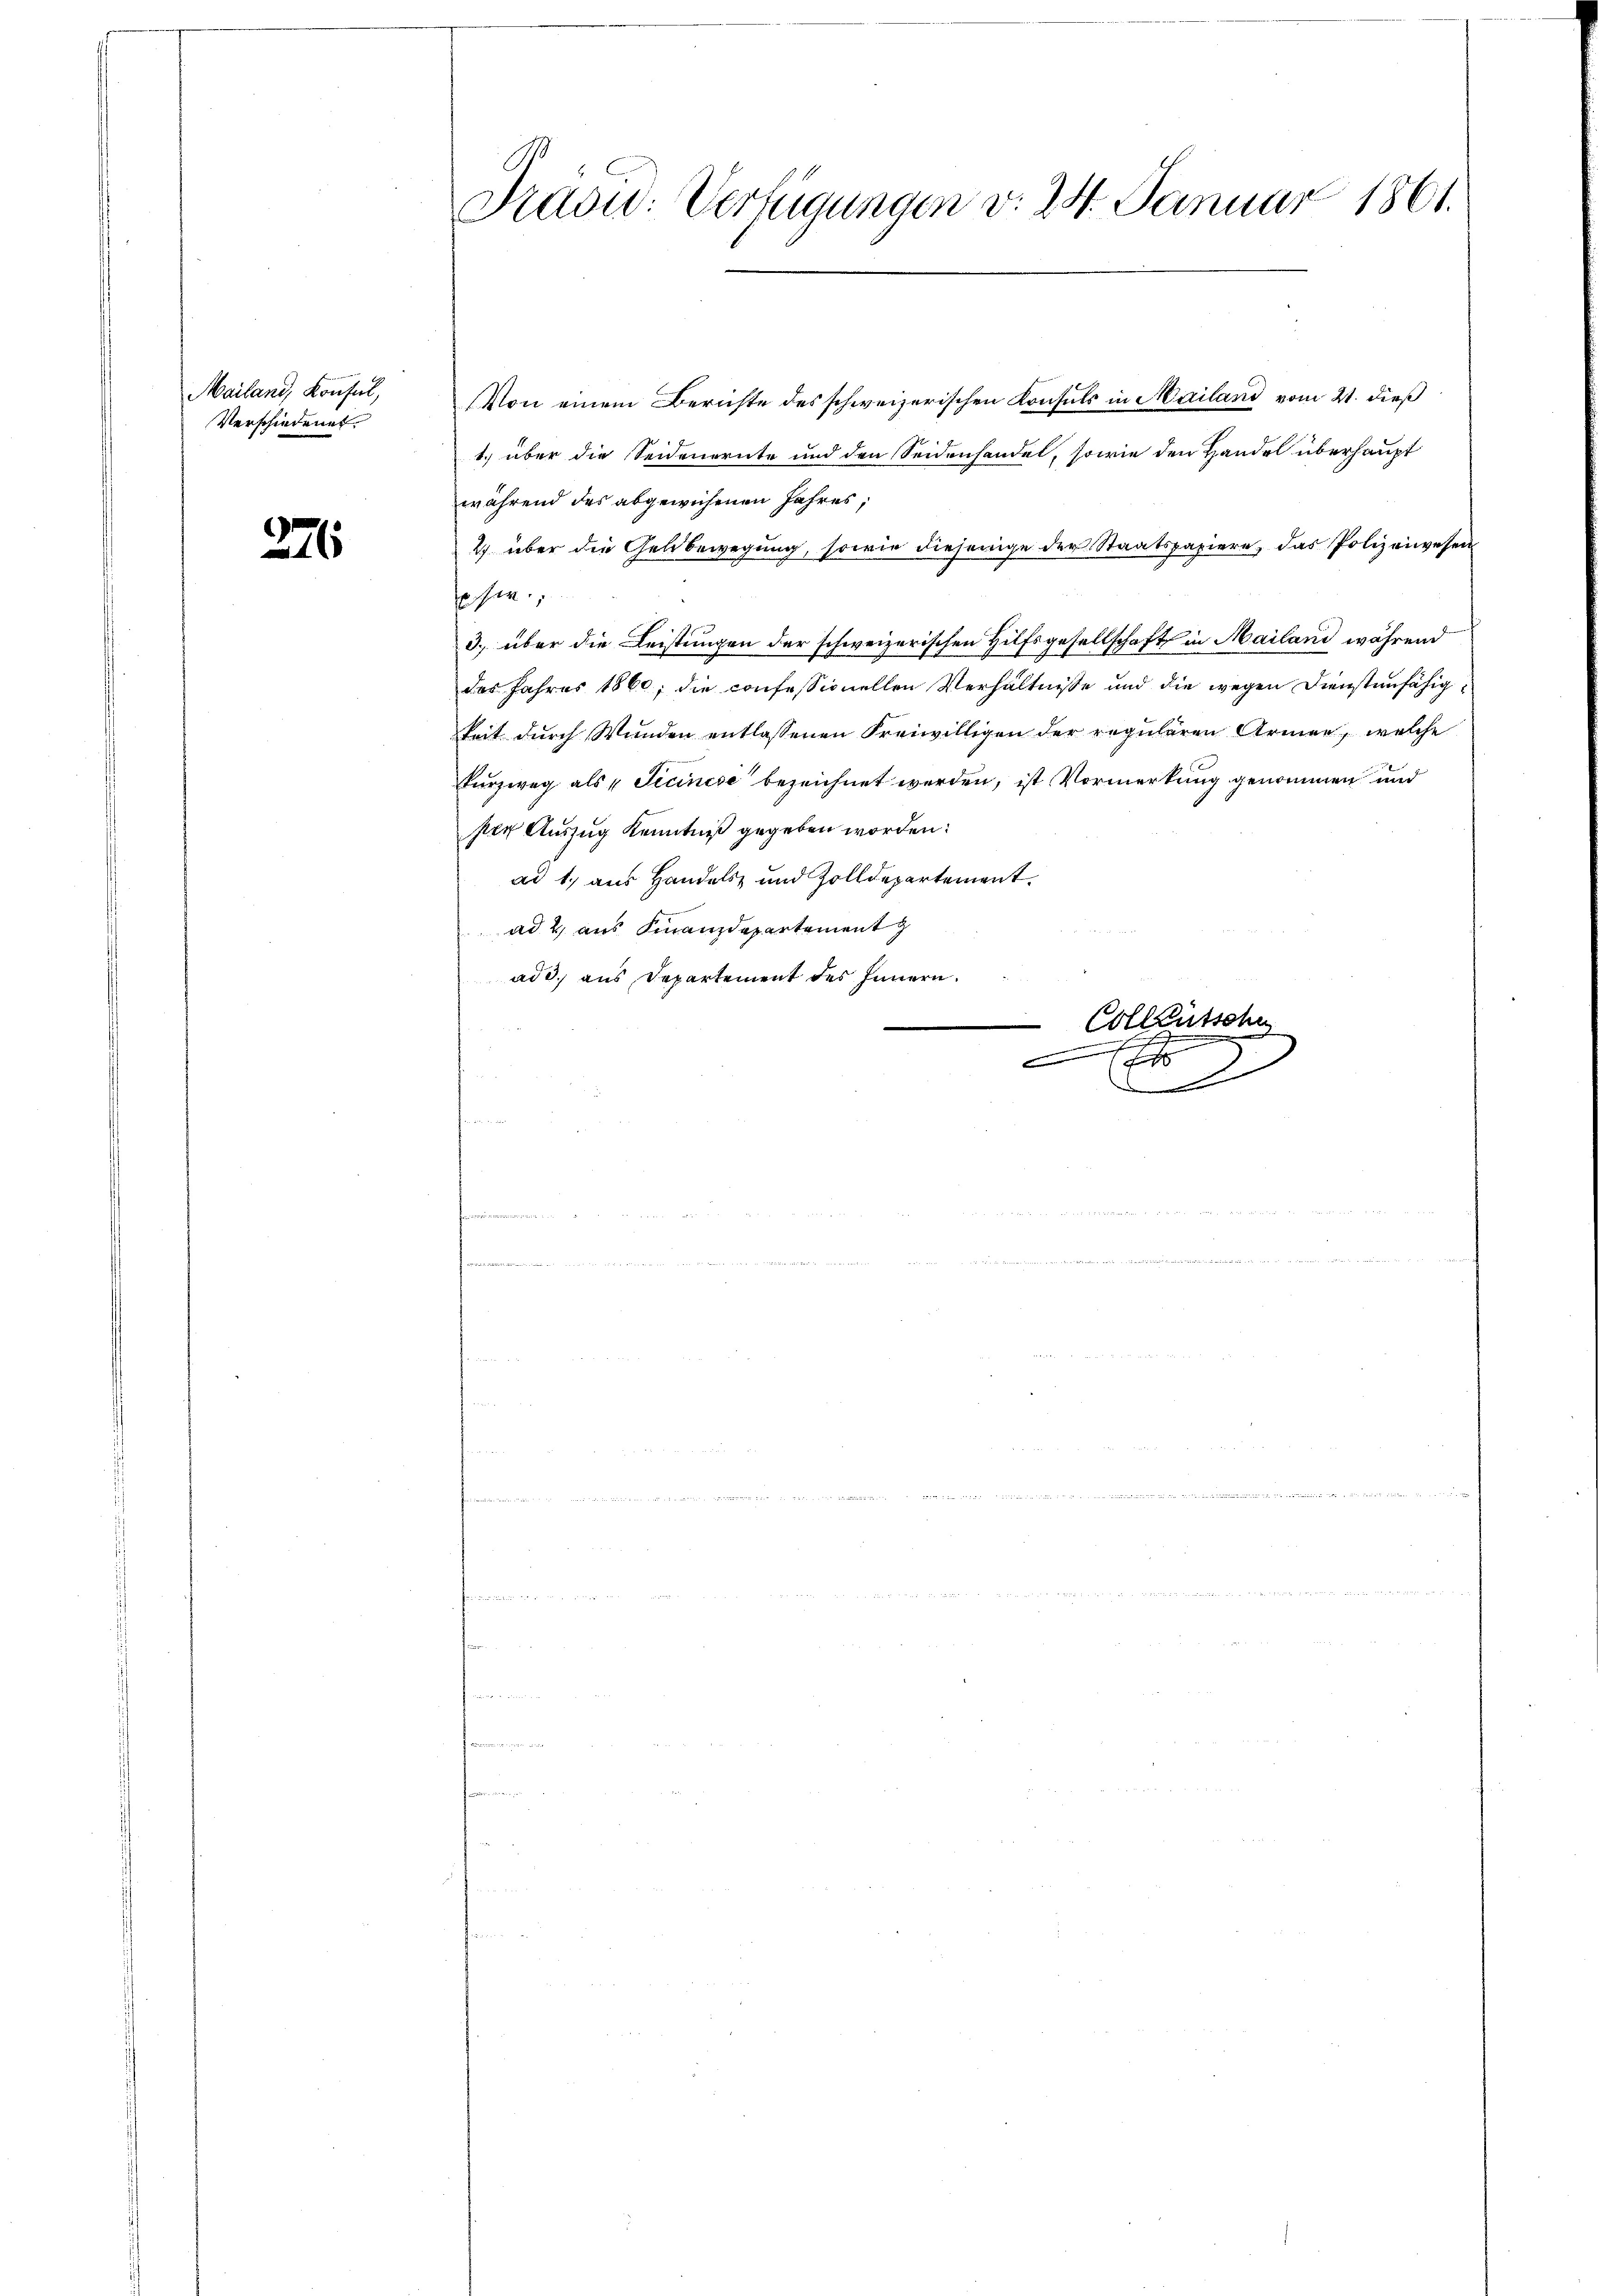
Mailand, Konsul,
Verschiedenes

226

Präsid. Verfügungen d. 24. Januar 1861.

Von einem Berichte des schweizerischen Konsuls in Mailand vom 21. dieß
1. über die Seidenernte und den Seidenhandel, sowie den Handel überhaupt
während des abgewichenen Jahres,
2) über die Geldbewegung, sowie diejenige der Staatspapiere, das Polizeiwesen
esen.
3. über die Leistungen der schweizerischen Hilfsgesellschaft in Mailand während
des Jahres 1860; die confessionellen Verhältnisse und die wegen Dienstenfähigkeit durch Wunden entlassenen Freiwilligen der regulären Armen, welche
Kurzweg als 4 Ticinese bezeichnet werden, ist Vormerkung genommen und
ser Auszug Kenntniß gegeben worden:
ad 1. aus Handels- und Zolldepartement.
ad 2, aus Finanzdepartement
add. aus Departement des Innern.
e
Collentsche
e

D